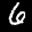
Label: 6